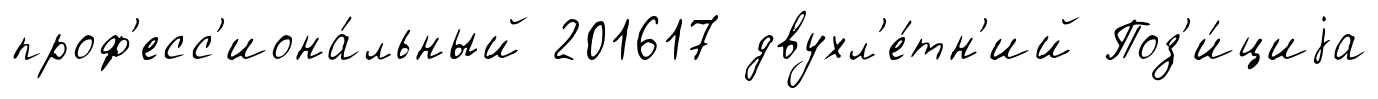
проф'есс'иона́льный 201617 двухл'е́тн'ий Поз'и́циjа